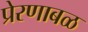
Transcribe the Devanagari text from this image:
प्रेरणाबळ